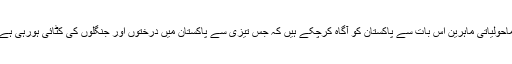
ماحولیاتی ماہرین اس بات سے پاکستان کو آگاہ کرچکے ہیں کہ جس تیزی سے پاکستان میں درختوں اور جنگلوں کی کٹائی ہورہی ہے۔